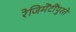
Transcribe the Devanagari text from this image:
रेजिमेंटींपुरते